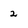
Character: 2